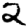
Digit: 2